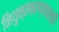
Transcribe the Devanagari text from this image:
नियुक्तकरण्यासाठी